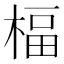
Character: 楅